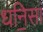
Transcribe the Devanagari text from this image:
धनि॒सां